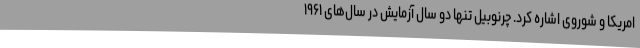
امریکا و شوروی اشاره کرد. چرنوبیل تنها دو سال آزمایش در سال‌های ۱۹۶۱